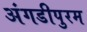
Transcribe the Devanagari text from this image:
अंगडीपुरम